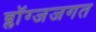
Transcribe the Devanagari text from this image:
ब्लॉग्जजगत